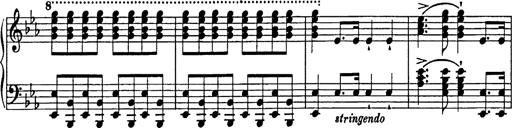
Title: Festmarsch zur SÃ¤cularfeier von Goethes Geburtstag
Composer: Franz Liszt